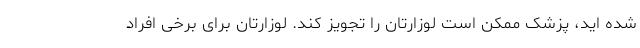
شده اید، پزشک ممکن است لوزارتان را تجویز کند. لوزارتان برای برخی افراد